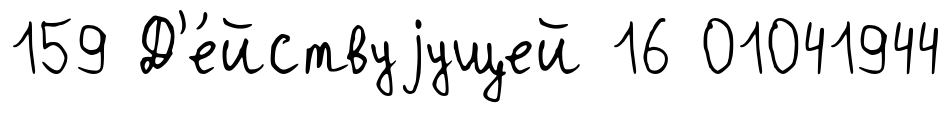
159 Д'е́йствуjущей 16 01041944